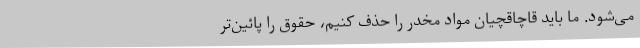
می‌شود. ما باید قاچاقچیان مواد مخدر را حذف کنیم، حقوق را پائین‌تر